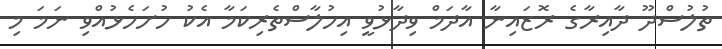
ތުލުސްދޫ ދާއިރާގެ ރޮޒައިނާ އާދަމް ވިދާޅުވީ އިހުލާސްތެރިކަމާ އެކު ހުށަހެޅުއްވި ނަމަ މި